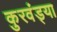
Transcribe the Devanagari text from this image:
कुरवंड्या